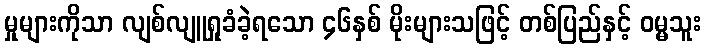
မှုများကိုသာ လျစ်လျူရှုခံခဲ့ရသော ၄၆နှစ် မိုးများသဖြင့် တစ်ပြည်နှင့် ဝမ္မသူး